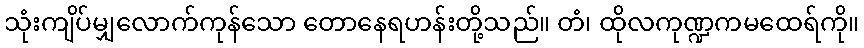
သုံးကျိပ်မျှလောက်ကုန်သော တောနေရဟန်းတို့သည်။ တံ၊ ထိုလကုဏ္ဍကမထေရ်ကို။